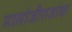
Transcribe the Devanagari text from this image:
मालोजीराजांचा